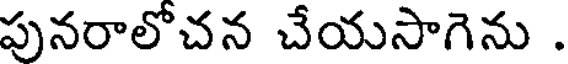
పునరాలోచన చేయసాగెను .